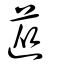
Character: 蓯